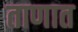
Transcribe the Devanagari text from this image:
ताणात